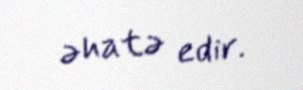
əhatə edir.